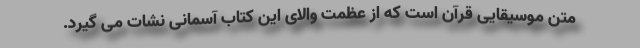
متن موسیقایی قرآن است که از عظمت والای این کتاب آسمانی نشات می گیرد.